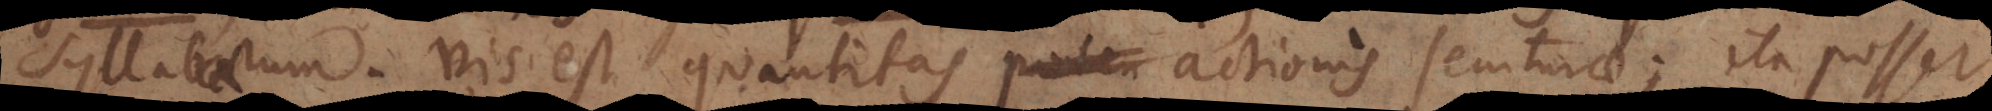
syllabarum. Vis est quantitas poten actionis secuturae; ita posset